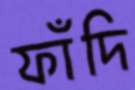
ফাঁদি